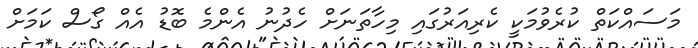
މަސައްކަތް ކުރެވުމަކީ ކެރިއަރުގައި މިހާތަނަށް ހެދުނު އެންމެ ބޮޑު އެއް ގޯސް ކަމަށް